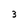
Character: 3